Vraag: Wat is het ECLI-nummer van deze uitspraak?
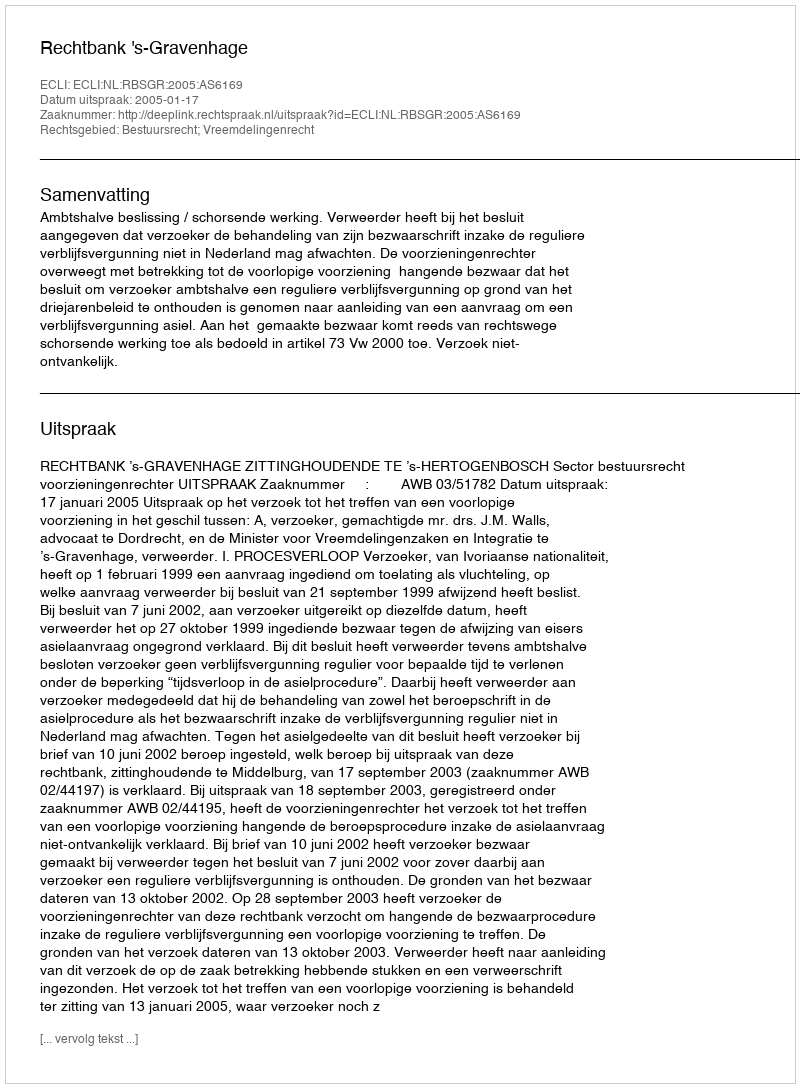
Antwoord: ECLI:NL:RBSGR:2005:AS6169